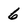
Character: 6